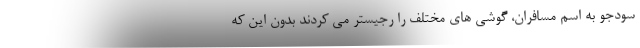
سودجو به اسم مسافران، گوشی های مختلف را رجیستر می کردند بدون این که